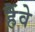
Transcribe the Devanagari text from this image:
हैंवे